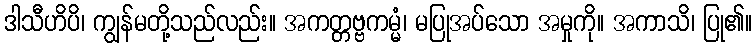
ဒါသီဟိပိ၊ ကျွန်မတို့သည်လည်း။ အကတ္တဗ္ဗကမ္မံ၊ မပြုအပ်သော အမှုကို။ အကာသိ၊ ပြု၏။